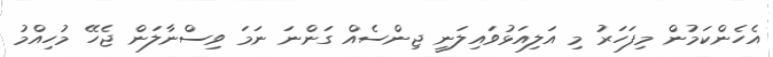
އެހެންކަމުން މިފަހަރު މި އަލިއަޅުވައިލަނީ ޖިންސެއް ގަންނަ ނަމަ ވިސްނާލަން ޖެހޭ މުހިއްމު